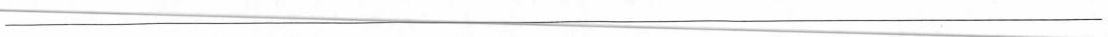
___